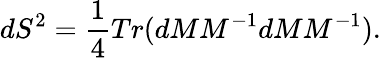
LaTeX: dS^{2}=\frac{1}{4}Tr(dMM^{-1}dMM^{-1}).